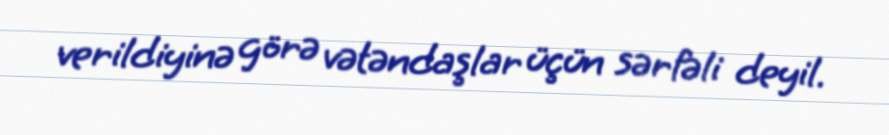
verildiyinə görə vətəndaşlar üçün sərfəli deyil.